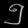
Digit: ၅